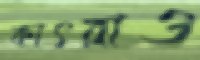
কাৎরাও